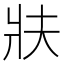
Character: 𭷀